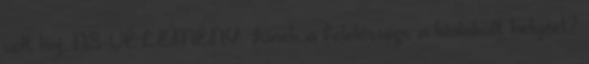
volt baj. NS-VÉLEMÉNY. Kinek a felelőssége a kialakult helyzet?